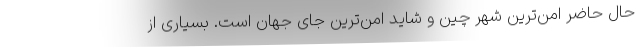
حال حاضر امن‌ترین شهر چین و شاید امن‌ترین جای جهان است. بسیاری از